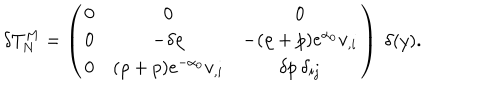
\delta T _ { N } ^ { M } = \left( \begin{array} { c c c } { { 0 } } & { { 0 } } & { { 0 } } \\ { { 0 } } & { { - \delta \rho } } & { { - ( \rho + p ) e ^ { \alpha _ { 0 } } v _ { , i } } } \\ { { 0 } } & { { ( \rho + p ) e ^ { - \alpha _ { 0 } } v _ { , i } } } & { { \delta p \: \delta _ { i j } } } \\ \end{array} \right) \: \delta ( y ) .